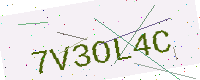
Text: 7V3OL4C